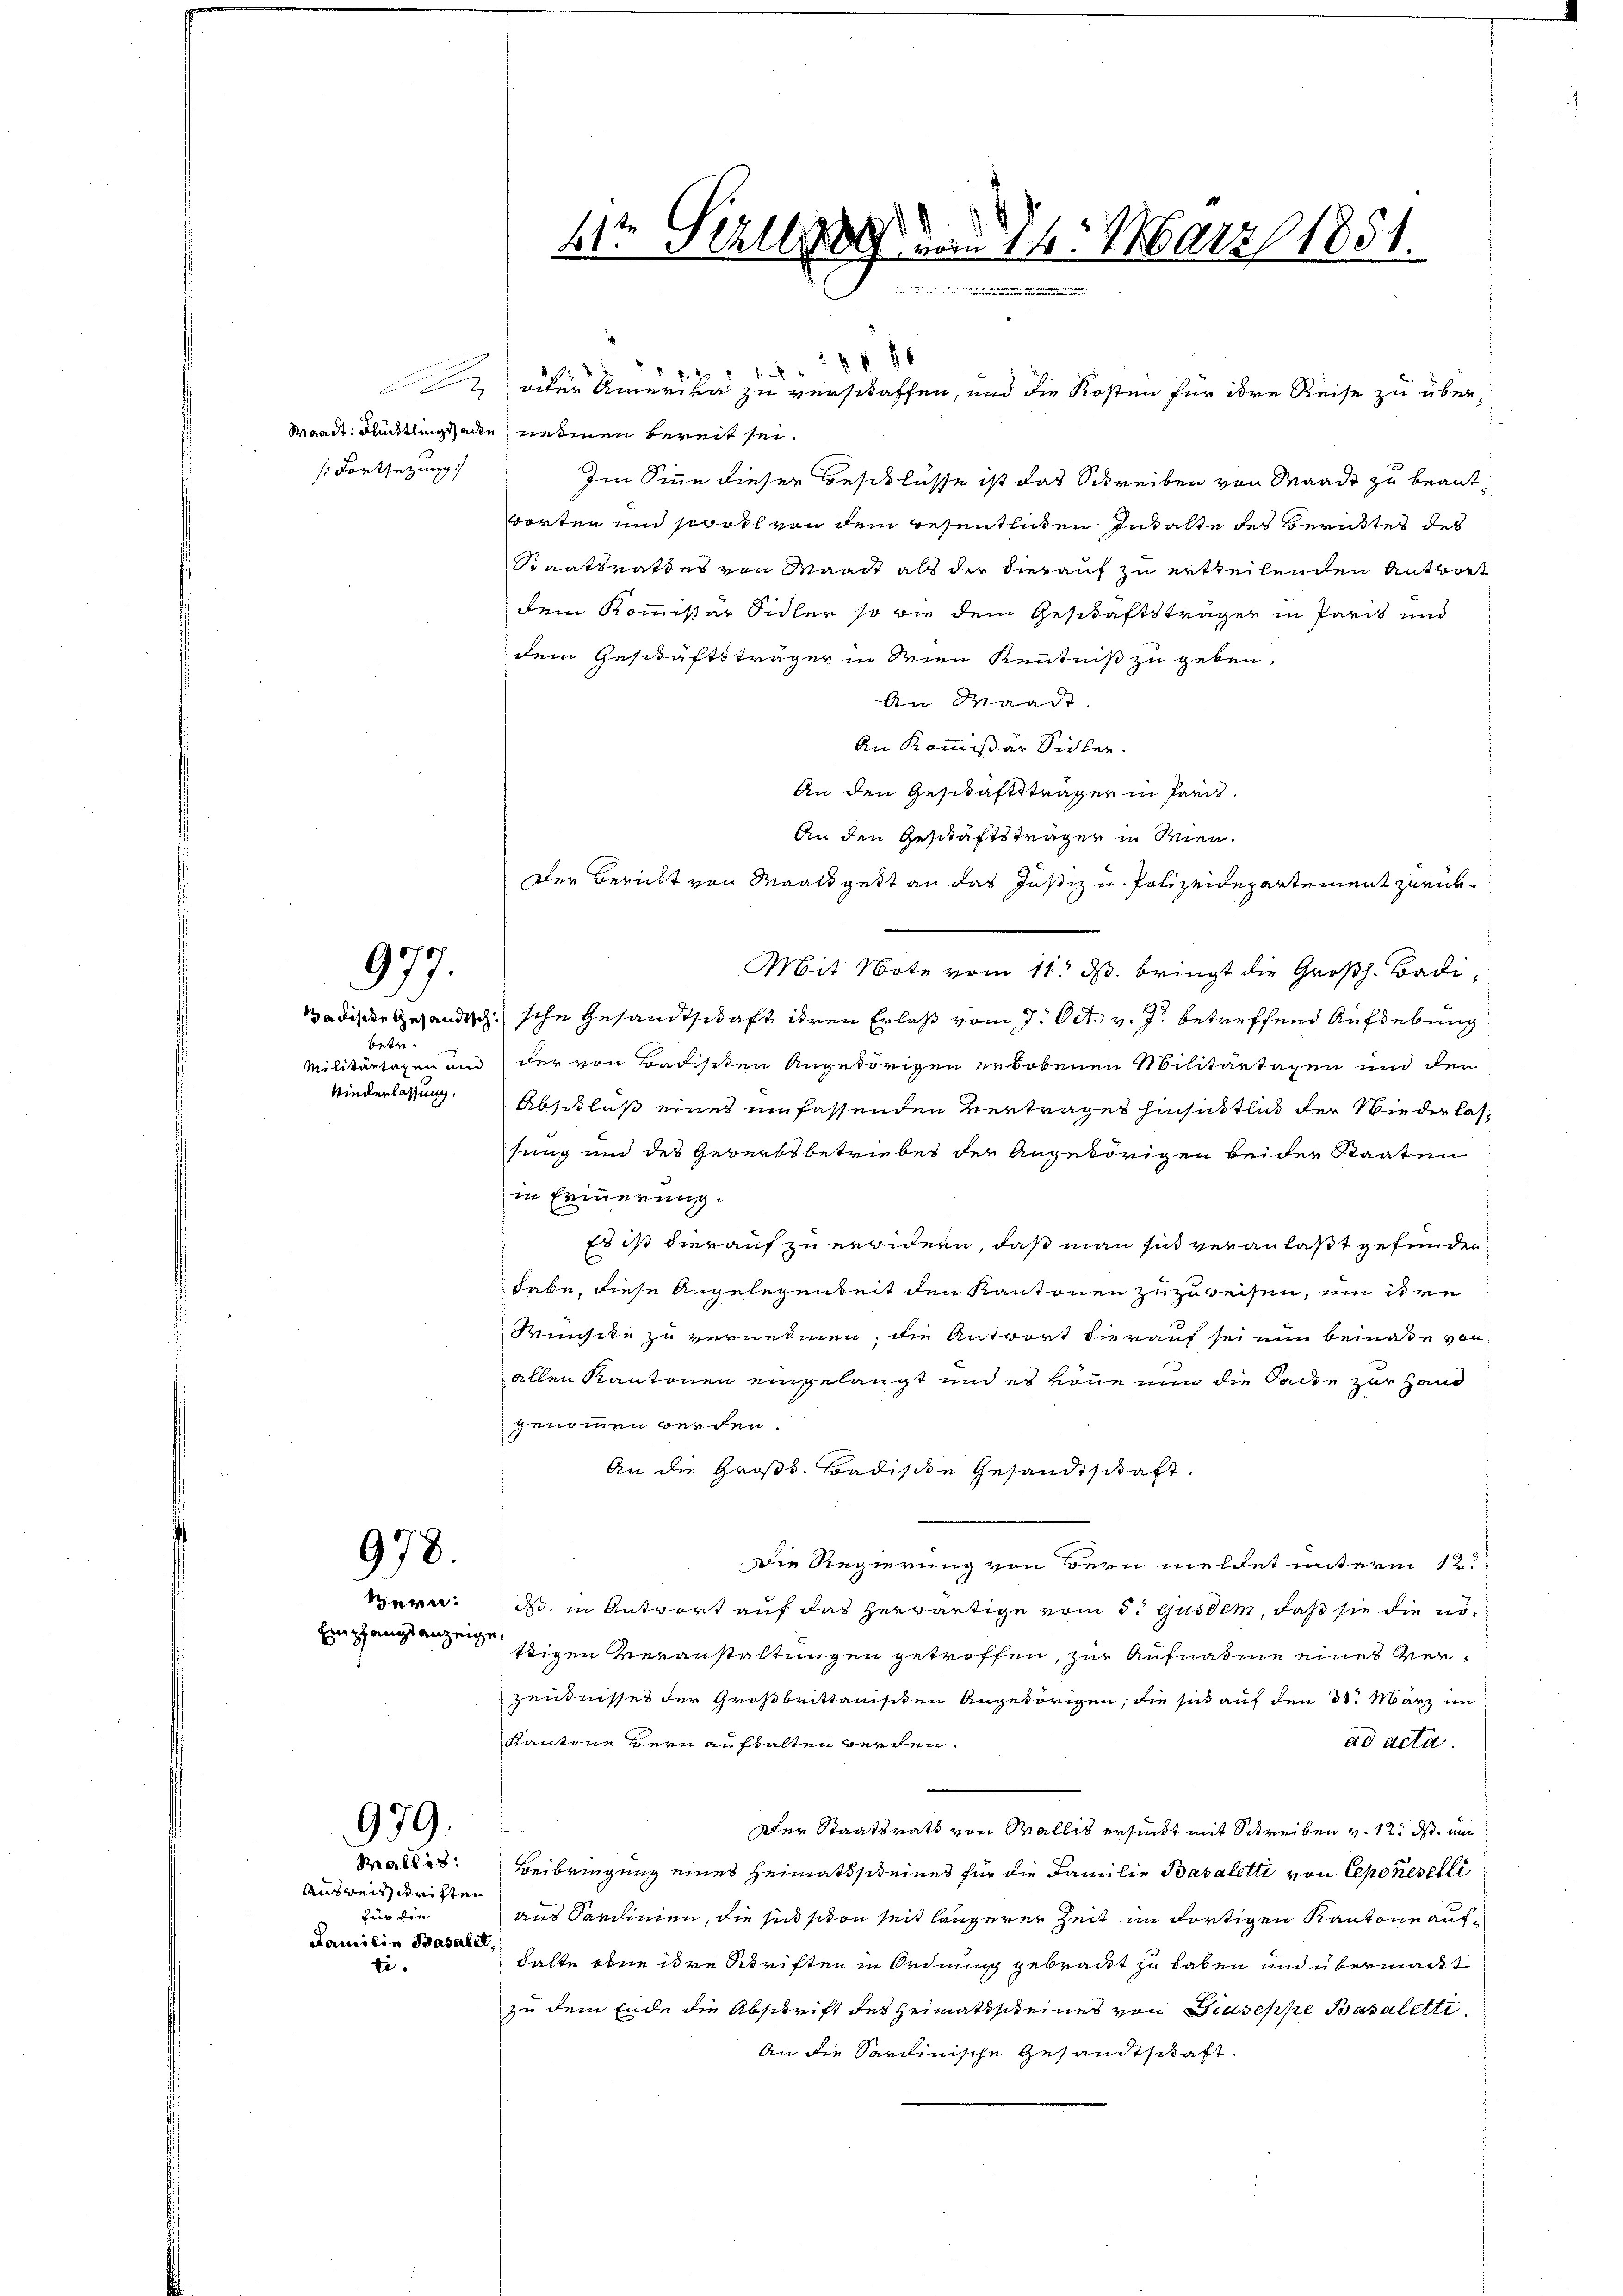
s: Fortsetzung

977.

betr.
Militärtaxen und
Kinderlassung.

978.

Seren.
Einpfangsanzeig

979.
Wallis.

Ausweis dritten
für die
Familie Basalit
ti.

41ten Bezug vom 14. März 1851.

Nr 2 f 14 x
Waadt. Flüchtlingssache nehmen bereit sei.
Im Sinne dieser Beschlüsse ist das Schreiben von Waadt zu beantworten und sowohl von dem resentlichen Inhalte des Berichtes des
Staatsrathes von Waadt als der hierauf zu ertheilenden Antwort
dem Kommissar Sidler so wie dem Geschäftsträger in Paris und
dem Geschäftsträger in Wien Kenntniß zu geben,
An Waadt.
An Kommißär Sichler.
An den Geschäftsträger in Par¬
An den Geschäftsträger in Wien.
Der Bericht von Maatsgest an das Justiz u. Polizeidepartement zurück¬
Mit Note vom 11. ds. bringt die Großh. Badi¬
Badische Gesandtschische Gesandtschaft ihren Erlaß vom 7. Oct. v. J. betreffend Aufhebung
der von Badisiten Angehörigen erhobenen Militärtagen und den
Abschluß eines umfassenden Vertrages hinsittlich der Wiederlassung und des Gewerbsbetriebes der Angehörigen beider Staaten
in Erinnerung.
Es ist hierauf zu erwidern, daß man sich veranlaßt gefunden
habe, diese Angelegenheit den Kantonen zuzuweisen, um ihre
Wünsche zu vernehmen, die Antwort hierauf sei nun beinade von
allen Kantonen eingelangt und es könne nun die Sacke zur Hand
genommen werden.
An die Großh. Badische Gesandtschaft.
Die Regierung von Bern meldet unterm 12.
ds, in Antwort auf das herwärtige vom 3. Gusdem, daß sie die nöttigen Veranstaltungen getroffen, zur Aufnahme eines Ver¬
Zentnisses der Großbrittanisiten Angehörigen, die sich auf den 31. März im
Kantone Herr anstalten werden.
ad acta.
Der Staatsrath von Wallis ersinkt mit Schreiben v. 12. ds. um
Beibringung eines Heimatsscheines für die Familie Basaletti von Cepokeselli
aus Sardinien, die sich son seit längerer Zeit im dortigen Kantone auf¬
Falte oder ihre Schriften in Ordnung gebracht zu haben und übermacht
zu dem Ende die Abschrift des Heimatsscheines von Diuseppe Basaletti
An die Sardinische Gesandtschaft.

§§ 86
 oder Amerika zu verschaffen, und die Kosten für ihre Reise zu über¬